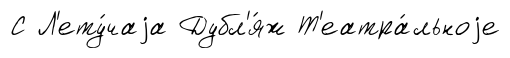
С Л'ету́чаjа Дубл'я́ж Т'еатра́льноjе